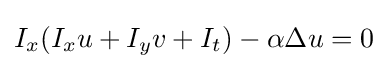
I_{x}(I_{x}u+I_{y}v+I_{t})-\alpha \Delta u=0